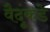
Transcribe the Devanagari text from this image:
वैदूंकडे